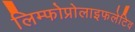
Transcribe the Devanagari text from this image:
लिम्फोप्रोलाइफलेटिव